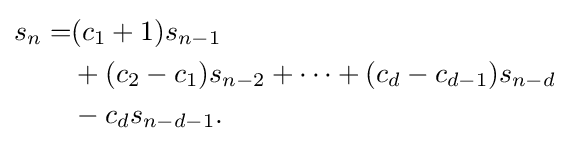
{\begin{aligned}s_{n}=&(c_{1}+1)s_{n-1}\\&+(c_{2}-c_{1})s_{n-2}+\dots +(c_{d}-c_{d-1})s_{n-d}\\&-c_{d}s_{n-d-1}.\end{aligned}}